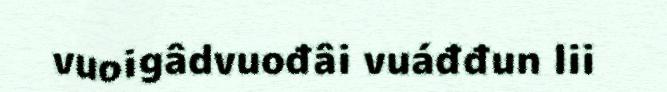
vuoigâdvuođâi vuáđđun lii